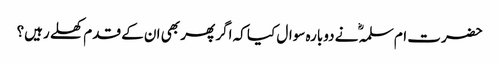
حضرت ام سلمہؓ نے دوبارہ سوال کیا کہ اگر پھر بھی ان کے قدم کھلے رہیں؟